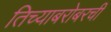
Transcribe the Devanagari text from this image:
तिच्याबरोबरची